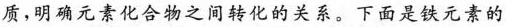
质，明确元素化合物之间转化的关系。下面是铁元素的